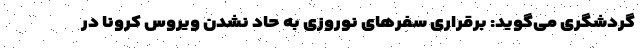
گردشگری می‌گوید: برقراری سفرهای نوروزی به حاد نشدن ویروس کرونا در